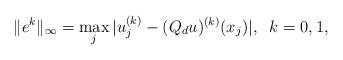
LaTeX: \begin{align*} \| e^k\|_{\infty}=\displaystyle{\max_{j} |u^{(k)}_j-(Q_du)^{(k)}(x_j)|}, \;\; k=0,1,\end{align*}